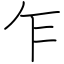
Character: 乍